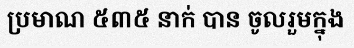
ប្រមាណ ៥៣៥ នាក់ បាន ចូលរួមក្នុង